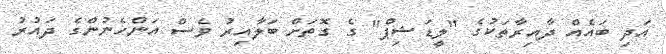
އަދި ބައެއް ދާއިރާތަކުގެ "ލީޑަޝިޕް" ގެ ގޮތަށް ބަލާއިރު ވެސް އަންހެނުންގެ ދައުރު